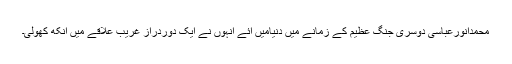
محمدانورعباسی دوسری جنگِ عظیم کے زمانے میں دنیامیں آئے انہوں نے ایک دوردراز غریب علاقے میں آنکھ کھولی۔